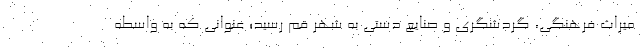
میراث فرهنگی، گردشگری و صنایع دستی به شهر قم رسید؛ عنوانی که به واسطه